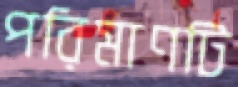
পরিমাণটি